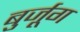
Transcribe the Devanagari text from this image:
बुर्जूग